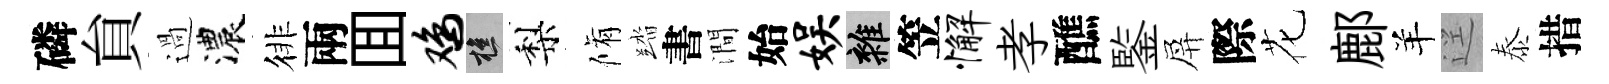
磷貟過濃徘兩囬鸡樵梨脩踏書澗始娱雜笠懈孝醮鍳屏際花鄜羊逕泰措